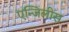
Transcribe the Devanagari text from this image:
एन्जिलीस